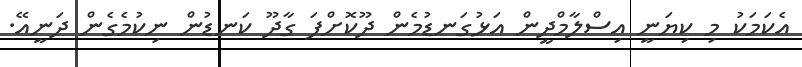
އެކަމަކު މި ކިޔަނީ އިސްލާމްދީން އަޅުގަނޑުމެން ދޫކޮށްފަ ގާދޫ ކަނޑުން ނިކުމެގެން ދަނީއޭ.